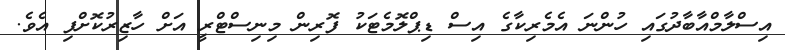
އިސްލާމްއާބާދުގައި ހުންނަ އެމެރިކާގެ އިސް ޑިޕްލޮމެޓަކު ފޮރިން މިނިސްޓްރީ އަށް ހާޒިރުކޮށްފި އެވެ.